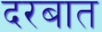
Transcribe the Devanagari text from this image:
दरबात